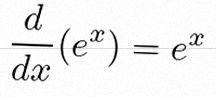
\frac{d}{dx}(e^x)=e^x